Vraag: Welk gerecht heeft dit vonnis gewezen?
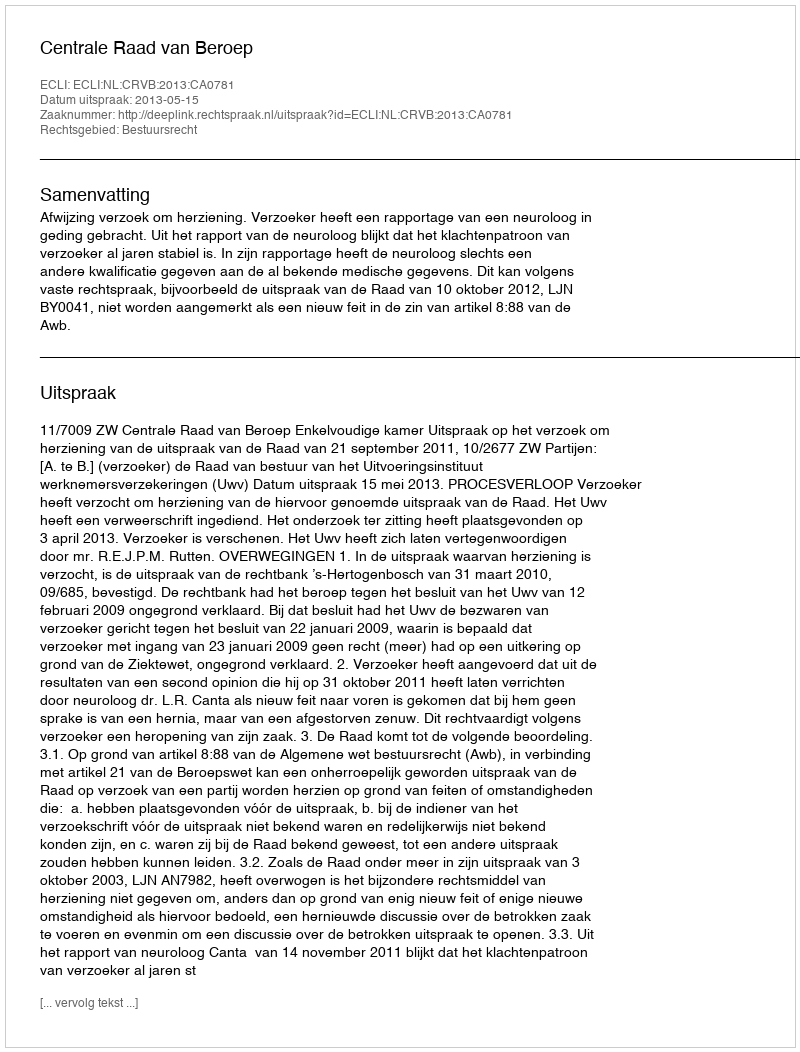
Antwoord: Centrale Raad van Beroep